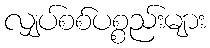
လျှပ်စစ်ပစ္စည်းများ